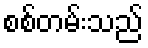
စစ်တမ်းသည်